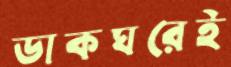
ডাকঘরেই